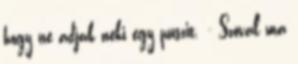
hogy ne adjak neki egy puszit. - Szóval ma